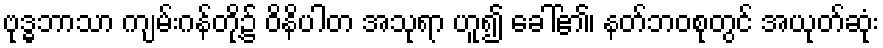
ဗုဒ္ဓဘာသာ ကျမ်းဂန်တို့၌ ဝိနိပါတ အသုရာ ဟူ၍ ခေါ်၏၊ နတ်ဘဝစုတွင် အယုတ်ဆုံး